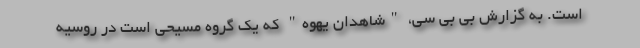
است. به گزارش بی بی سی، "شاهدان یهوه" که یک گروه مسیحی است در روسیه